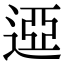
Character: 䢝